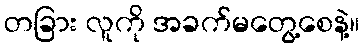
တခြား လူကို အခက်မတွေ့စေနဲ့။